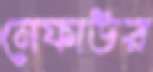
নেফাউর